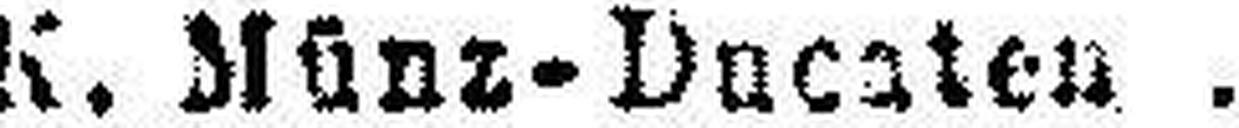
K. Münz-Ducaten